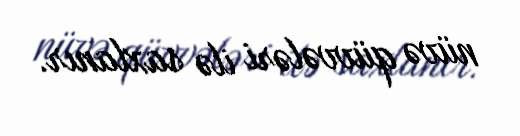
nüvə qüvvələri ilə saxlanır.